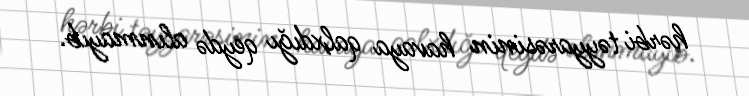
hərbi təyyarəsinin havaya qalxdığı qeydə alınmayıb.